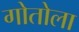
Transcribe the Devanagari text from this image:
गोतोला